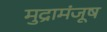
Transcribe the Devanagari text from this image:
मुद्रामंजूष